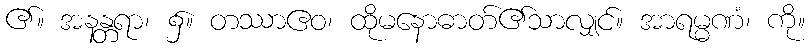
၏။ အနန္တရာ၊ ၌။ တဿာဧဝ၊ ထိုမနောဓာတ်၏သာလျှင်။ အာရမ္မဏံ၊ ကို။